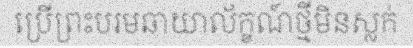
ប្រើព្រះបរមឆាយាល័ក្ខណ៍ថ្មីមិនស្លក់